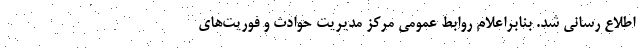
اطلاع رسانی شد. بنابراعلام روابط عمومی مرکز مدیریت حوادث و فوریت‌های